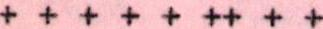
+++++++++